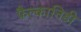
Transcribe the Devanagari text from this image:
फैल्कानिडी